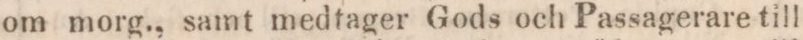
om morg., samt medtager Gods och Passagerare till